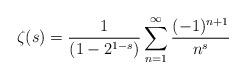
LaTeX: \begin{align*}\zeta(s)= \frac{1}{\left(1-2^{1-s}\right)}\sum_{n=1}^{\infty} \frac{(-1)^{n+1}}{n^{s}}\end{align*}